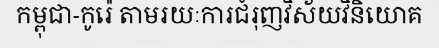
កម្ពុជា-កូរ៉េ តាមរយៈការជំរុញវិស័យវិនិយោគ